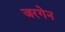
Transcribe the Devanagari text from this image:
जरगेन